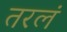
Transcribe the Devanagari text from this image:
तरलं